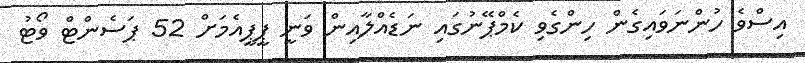
އިސްވެ ހުންނަވައިގެން ހިންގެވި ކެމްޕޭނުގައި ނަޑެއްލާއިން ވަނީ ޕީޕީއެމަށް 52 ޕަސެންޓް ވޯޓު